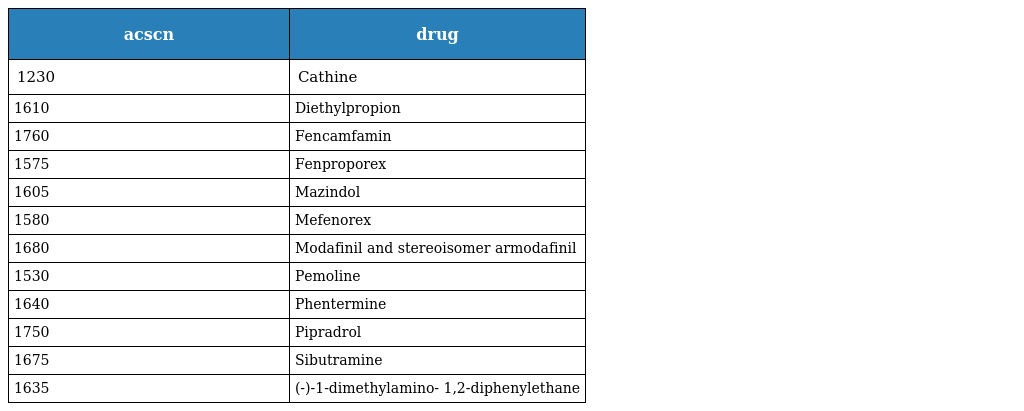
| acscn | drug |
 | --- | --- |
 | 1230 | Cathine |
 | 1610 | Diethylpropion |
 | 1760 | Fencamfamin |
 | 1575 | Fenproporex |
 | 1605 | Mazindol |
 | 1580 | Mefenorex |
 | 1680 | Modafinil and stereoisomer armodafinil |
 | 1530 | Pemoline |
 | 1640 | Phentermine |
 | 1750 | Pipradrol |
 | 1675 | Sibutramine |
 | 1635 | (-)-1-dimethylamino- 1,2-diphenylethane |